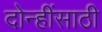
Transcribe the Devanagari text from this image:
दोन्हींसाठी